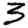
Digit: 3